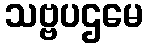
သဗ္ဗပဌမေ